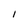
Character: 1